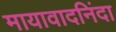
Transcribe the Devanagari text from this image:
मायावादनिंदा